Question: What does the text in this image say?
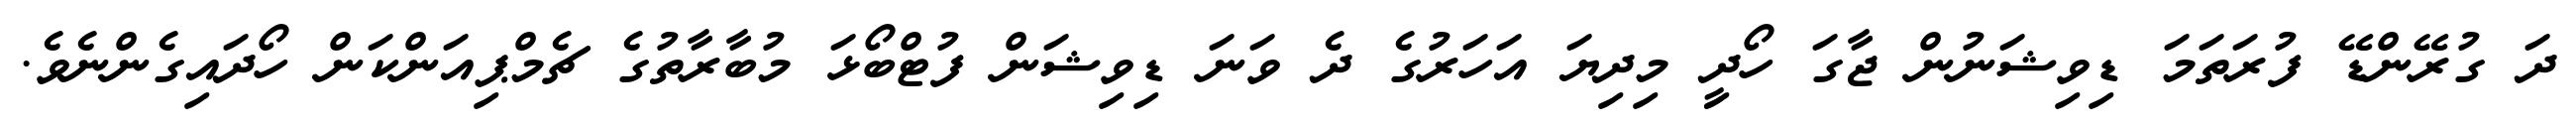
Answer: ދަ ގުރޭންޑޭ ފުރަތަމަ ޑިވިޝަނުން ޖާގަ ހޯދީި މިދިޔަ އަހަރުގެ ދެ ވަނަ ޑިވިޝަން ފުޓްބޯޅަ މުބާރާތުގެ ޗެމްޕިއަންކަން ހޯދައިގެންނެވެ.